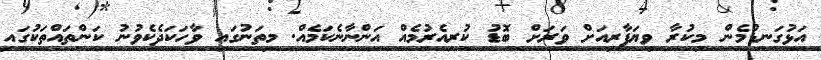
އަޅުގަނޑުމެން މިކުރާ ވިޔަފާރިއަށް ވަރަށް ބޮޑު ކުރިއެރުމެއް އަންނާނެކަމެއް. މިތަނުގައި ވާހަކަދެކެވުނު ކަންތައްތަކުގައި